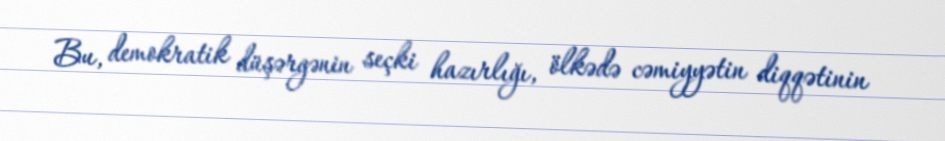
Bu, demokratik düşərgənin seçki hazırlığı, ölkədə cəmiyyətin diqqətinin